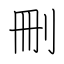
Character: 刪